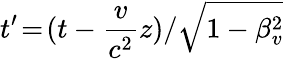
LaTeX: t^{\prime}\! =\! (t-\frac{v}{c^{2}}z)/\sqrt{1-\beta_{v}^{2}}